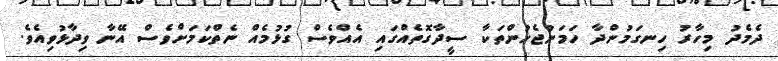
ދެމެދު މިހާރު ހިނގަމުންދާ ހަމަނުޖެހުންތަކާ ސީދާގޮތެއްގައި އެއްވެސް ގުޅުމެއް ނެތްކަމަށްވެސް އޭނާ ވިދާޅުވިއެވެ.